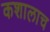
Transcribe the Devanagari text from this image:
कशालाच